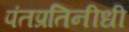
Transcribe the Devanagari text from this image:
पंतप्रतिनीधी